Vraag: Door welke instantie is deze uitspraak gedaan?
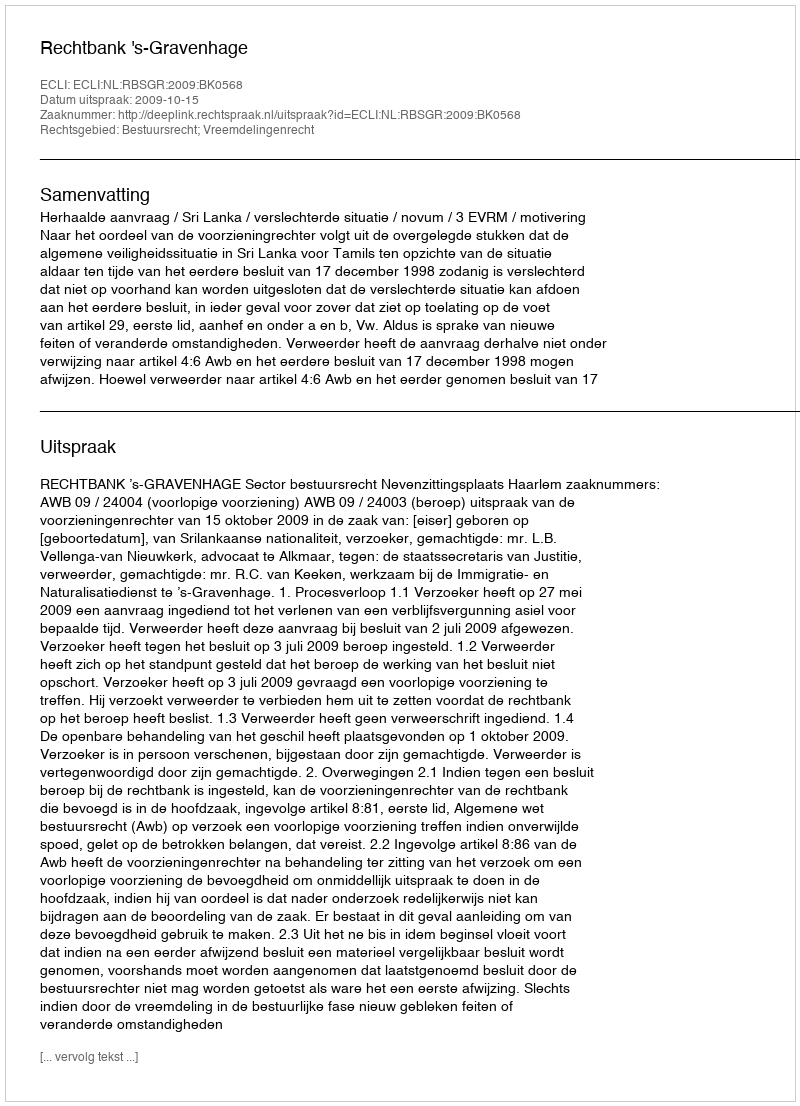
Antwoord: Rechtbank 's-Gravenhage